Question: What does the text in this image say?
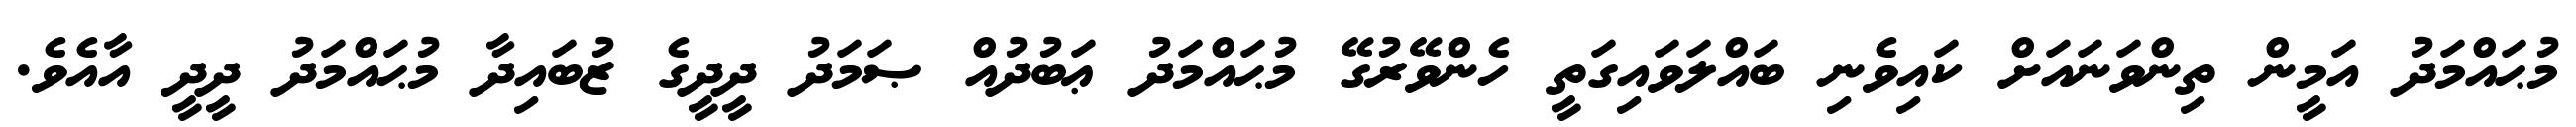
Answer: މުޙައްމަދު އަމީން ތިންވަނައަށް ކައިވެނި ބައްލަވައިގަތީ ހެންވޭރުގޭ މުޙައްމަދު ޢަބުދުއް ޞަމަދު ދީދީގެ ޒުބައިދާ މުޙައްމަދު ދީދީ އާއެވެ.